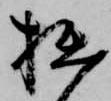
拙